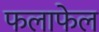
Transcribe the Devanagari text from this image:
फलाफेल